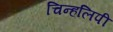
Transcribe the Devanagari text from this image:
चिन्हलिपी